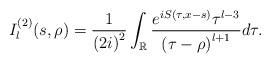
LaTeX: \begin{align*}I_{l}^{\left( 2\right) }(s,\rho)=\frac{1}{\left( 2i\right) ^{2}}\int_{\mathbb{R}}\frac{e^{iS(\tau,x-s)}\tau^{l-3}}{\left( \tau-\rho\right)^{l+1}}d\tau.\end{align*}